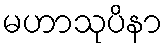
မဟာသုပိနာ